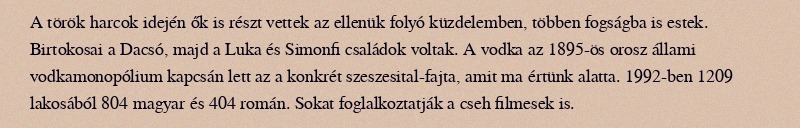
A török harcok idején ők is részt vettek az ellenük folyó küzdelemben, többen fogságba is estek. Birtokosai a Dacsó, majd a Luka és Simonfi családok voltak. A vodka az 1895-ös orosz állami vodkamonopólium kapcsán lett az a konkrét szeszesital-fajta, amit ma értünk alatta. 1992-ben 1209 lakosából 804 magyar és 404 román. Sokat foglalkoztatják a cseh filmesek is.